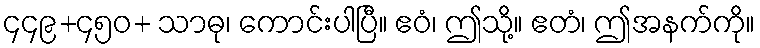
၄၄၉+၄၅၀+ သာဓု၊ ကောင်းပါပြီ။ ဧဝံ၊ ဤသို့။ ဧတံ၊ ဤအနက်ကို။